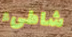
شاطىء